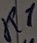
Text: R1